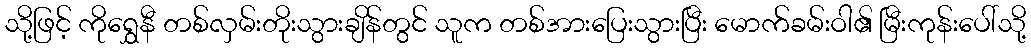
သို့ဖြင့် ကိုရွှေနီ တစ်လှမ်းတိုးသွားချိန်တွင် သူက တစ်အားပြေးသွားပြီး မောက်ခမ်းဝါ၏ မြီးကုန်းပေါ်သို့